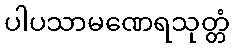
ပါပသာမဏေရသုတ္တံ